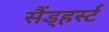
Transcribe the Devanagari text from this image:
सैंड्हर्स्ट